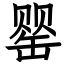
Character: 罂